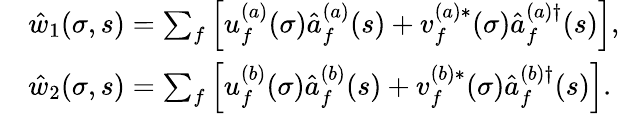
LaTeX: \begin{array}{rl}&{{\hat{w}}_{1}(\sigma,s)=\sum_{f}\left[u_{f}^{(a)}(\sigma)\hat{a}_{f}^{(a)}(s)+v_{f}^{(a)\ast}(\sigma)\hat{a}_{f}^{(a)\dagger}(s)\right],}\\ &{{\hat{w}}_{2}(\sigma,s)=\sum_{f}\left[u_{f}^{(b)}(\sigma)\hat{a}_{f}^{(b)}(s)+v_{f}^{(b)\ast}(\sigma)\hat{a}_{f}^{(b)\dagger}(s)\right].}\end{array}